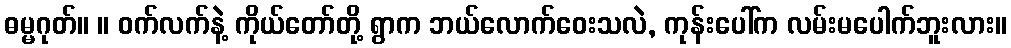
ဓမ္မဂုတ်။ ။ ဝက်လက်နဲ့ ကိုယ်တော်တို့ ရွာက ဘယ်လောက်ဝေးသလဲ, ကုန်းပေါ်က လမ်းမပေါက်ဘူးလား။